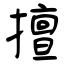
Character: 擅